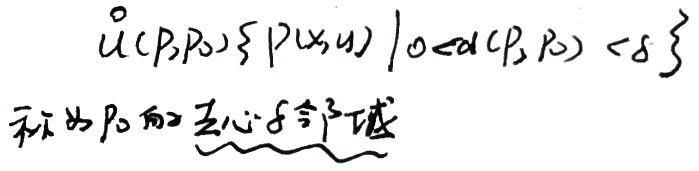
\(\mathring{U}(P,P_0)=\{P(x,y)\mid 0 < d(P,P_0) < \delta\}\)称为\(P_0\)的\(\underbrace{去心\delta邻域}\)